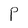
Character: P